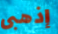
إذهبى